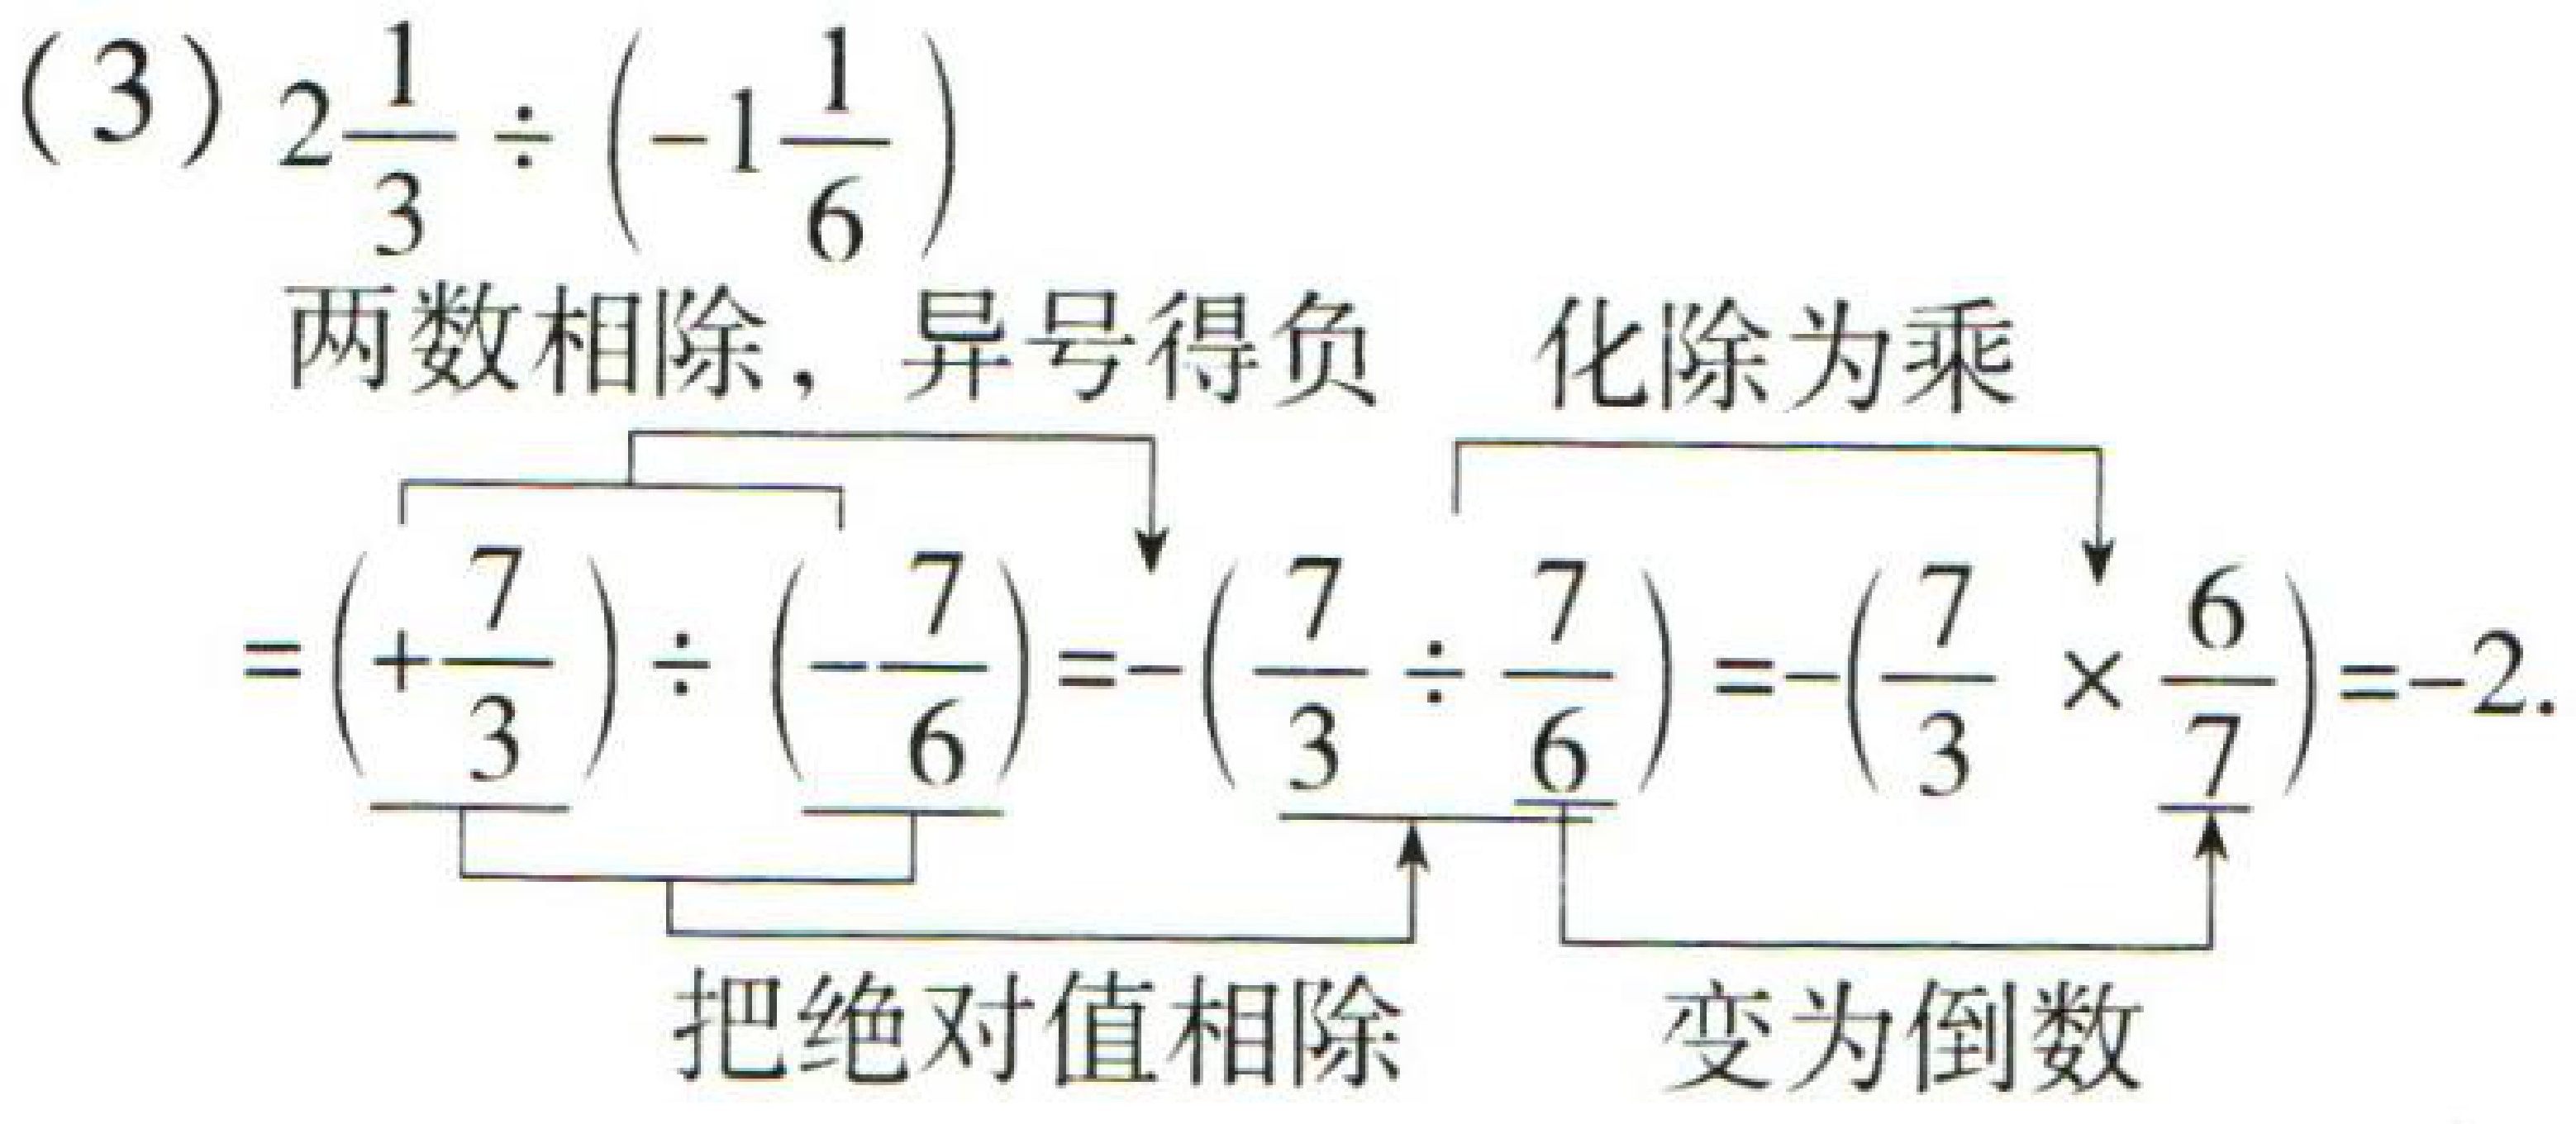
\((3)\ 2\frac{1}{3} \div \left(-1\frac{1}{6}\right)\)
两数相除，异号得负 化除为乘
\(=\left(+\frac{7}{3}\right) \div \left(-\frac{7}{6}\right)=-\left(\frac{7}{3} \div \frac{7}{6}\right)=-\left(\frac{7}{3} \times \frac{6}{7}\right)=-2.\)
把绝对值相除 变为倒数